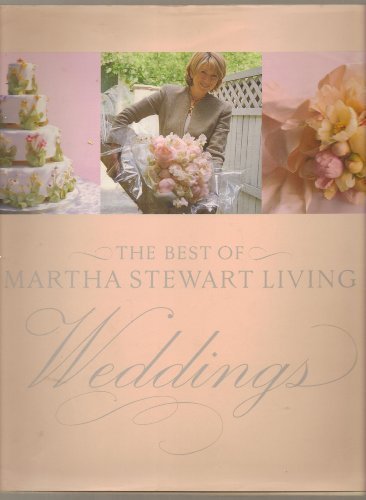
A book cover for The Best of Martha Stewart Living: Weddings; Martha Stewart; Crafts, Hobbies & Home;